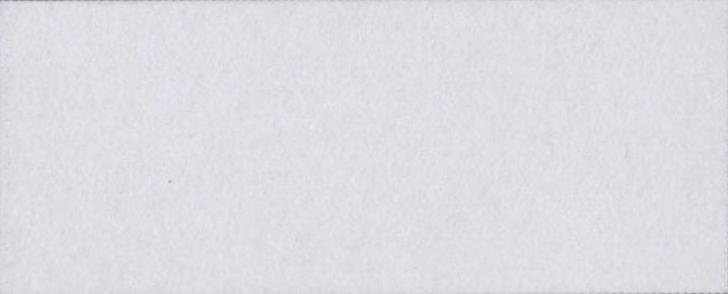
आरोप